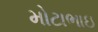
મોટાભાઇ